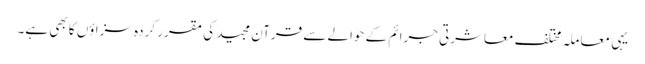
یہی معاملہ مختلف معاشرتی جرائم کے حوالے سے قرآن مجید کی مقرر کردہ سزاؤں کا بھی ہے۔